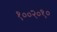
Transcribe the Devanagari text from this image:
१००२०१०